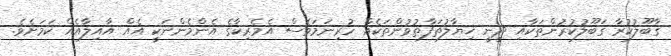
ގާބޫލުކުރާ ގަބޫލުކުރުންތަކާއި ދީނީ ޚިޔާލުތަފާތުވުންތަކެއް ހުރިނަމަވެސް އެމެރިކާގެ އެންމެންނަކީ އެއް އާއިލާއެއް ކަމަށެވެ.